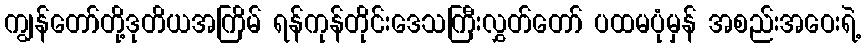
ကျွန်တော်တို့ဒုတိယအကြိမ် ရန်ကုန်တိုင်းဒေသကြီးလွှတ်တော် ပထမပုံမှန် အစည်းအဝေးရဲ့